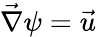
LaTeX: \vec{\nabla}\psi=\vec{u}